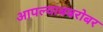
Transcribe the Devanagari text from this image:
आपल्याबबरोबर